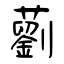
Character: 藰